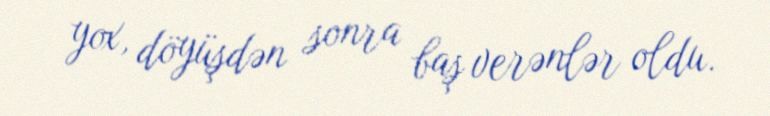
yox, döyüşdən sonra baş verənlər oldu.